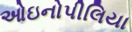
ઓઇનોપીલિયા